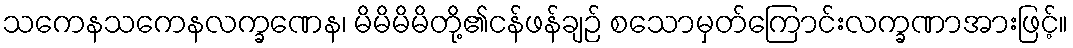
သကေနသကေနလက္ခဏေန၊ မိမိမိမိတို့၏ငန်ဖန်ချဉ် စသောမှတ်ကြောင်းလက္ခဏာအားဖြင့်။